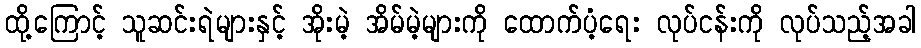
ထို့ကြောင့် သူဆင်းရဲများနှင့် အိုးမဲ့ အိမ်မဲ့များကို ထောက်ပံ့ရေး လုပ်ငန်းကို လုပ်သည့်အခါ